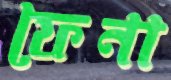
ফেনা